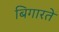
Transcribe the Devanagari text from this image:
बिगारते